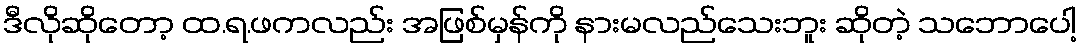
ဒီလိုဆိုတော့ ထ.ရ.ဖကလည်း အဖြစ်မှန်ကို နားမလည်သေးဘူး ဆိုတဲ့ သဘောပေါ့